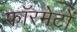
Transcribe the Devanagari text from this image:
फॉरमेटों